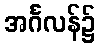
အင်္ဂလန်၌